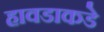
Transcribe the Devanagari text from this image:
हावडाकडे